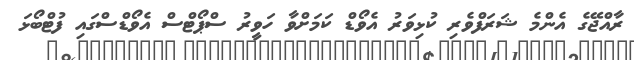
ރާއްޖޭގެ އެންމެ ޝަރަފްވެރި ކުޅިވަރު އެވޯޑް ކަމަށްވާ ހަވީރު ސްޕޯޓްސް އެވޯޑްސްގައި ފުޓްބޯޅަ